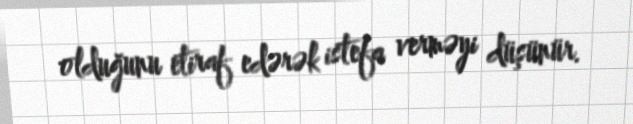
olduğunu etiraf edərək istefa verməyi düşünür.